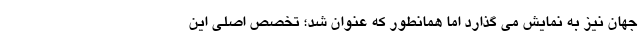
جهان نیز به نمایش می گذارد اما همانطور که عنوان شد؛ تخصص اصلی این